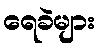
ရေခဲများ